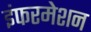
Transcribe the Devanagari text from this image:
इंफरमेशन